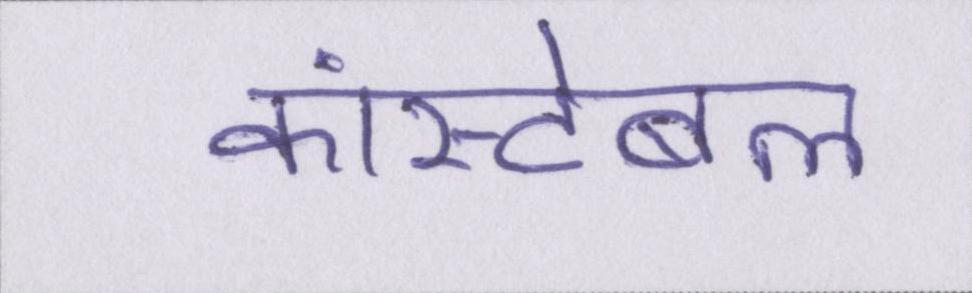
कांस्टेबल